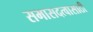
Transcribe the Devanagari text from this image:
सभासदत्वासाठी